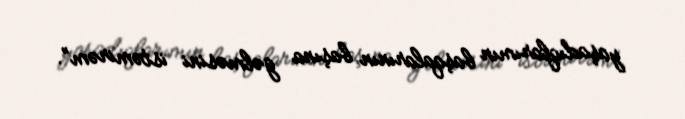
yaşadıqlarımın başqalarının başına gəlməsini istəmirəm”.